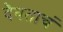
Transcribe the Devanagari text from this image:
दैवताचं